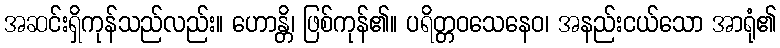
အဆင်းရှိကုန်သည်လည်း။ ဟောန္တိ၊ ဖြစ်ကုန်၏။ ပရိတ္တဝသေနေဝ၊ အနည်းငယ်သော အာရုံ၏